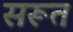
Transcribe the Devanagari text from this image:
सरूत